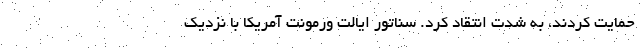
حمایت کردند، به شدت انتقاد کرد. سناتور ایالت ورمونت آمریکا با نزدیک